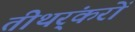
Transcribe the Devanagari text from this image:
तीथर्ंकरों